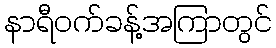
နာရီဝက်ခန့်အကြာတွင်